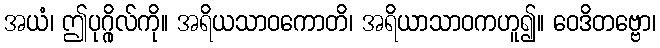
အယံ၊ ဤပုဂ္ဂိုလ်ကို။ အရိယသာဝကောတိ၊ အရိယာသာဝကဟူ၍။ ဝေဒိတဗ္ဗော၊